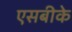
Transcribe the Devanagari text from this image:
एसबीके